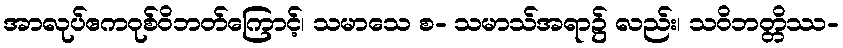
အာလုပ်ဧကဝုစ်ဝိဘတ်ကြောင့်၊ သမာသေ စ- သမာသ်အရာ၌ လည်း၊ သဝိဘတ္တိဿ-